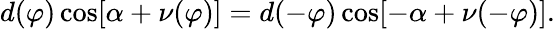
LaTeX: d(\varphi)\cos[\alpha+\nu(\varphi)]=d(-\varphi)\cos[-\alpha+\nu(-\varphi)].